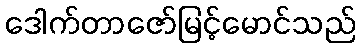
ဒေါက်တာဇော်မြင့်မောင်သည်